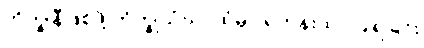
ဘိက္ခုနီဖြစ်ဖို့ ဘိက္ခုသံဃာထံမှာ ရဟန်းထပ်ပြုရခြင်း